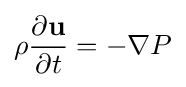
\rho {\frac {\partial {\mathbf {u}}}{\partial t}}=-\nabla P